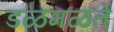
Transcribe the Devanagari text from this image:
डळमळते